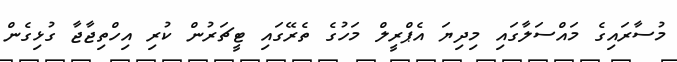
މުސާރައިގެ މައްސަލާގައި މިދިޔަ އެޕްރީލް މަހުގެ ތެރޭގައި ޓީޗަރުން ކުރި އިހްތިޖާޖާ ގުޅިގެން